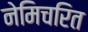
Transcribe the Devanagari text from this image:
नेमिचरित